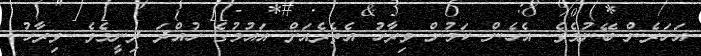
އަހަރެން ބޭނުމެވެ. އެހެން ކަމުން ވިރާހު އެތެރެއަށް އައުމުގެ ހުއްދަ ދިނީމެވެ. ވިރާހު